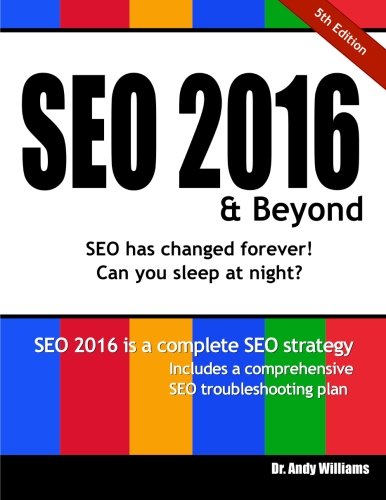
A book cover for SEO 2016 & Beyond: Search engine optimization will never be the same again! (Webmaster) (Volume 1); Dr. Andy Williams; Computers & Technology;